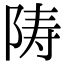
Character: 陦